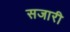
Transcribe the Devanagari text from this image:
सजारी